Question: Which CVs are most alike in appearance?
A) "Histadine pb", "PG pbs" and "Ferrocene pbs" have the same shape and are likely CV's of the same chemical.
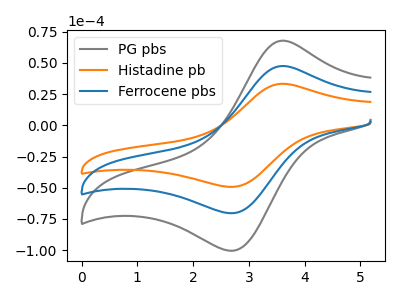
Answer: <think>The gray curve "PG pbs" has an anodic peak at (3.60V, 95.00uA) and a cathodic peak at (2.75V, -140.60uA). The orange curve "Histadine pb" has an anodic peak at (3.60V, 33.30uA) and a cathodic peak at (2.75V, -49.25uA). The blue curve "Ferrocene pbs" has an anodic peak at (3.60V, 47.50uA) and a cathodic peak at (2.75V, -70.30uA).
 All the peaks in "PG pbs" have a peak in "Histadine pb" at the same potential. Every peak in "PG pbs" is higher than every peak in "Histadine pb". All the peaks in "PG pbs" have a peak in "Ferrocene pbs" at the same potential. Every peak in "PG pbs" is higher than every peak in "Ferrocene pbs". All the peaks in "Histadine pb" have a peak in "Ferrocene pbs" at the same potential. Every peak in "Histadine pb" is lower than every peak in "Ferrocene pbs".</think>
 <answer>A) "Histadine pb", "PG pbs" and "Ferrocene pbs" have the same shape and are likely CV's of the same chemical.</answer>
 <eval>A</eval>